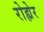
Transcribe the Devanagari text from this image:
रोह्मेर